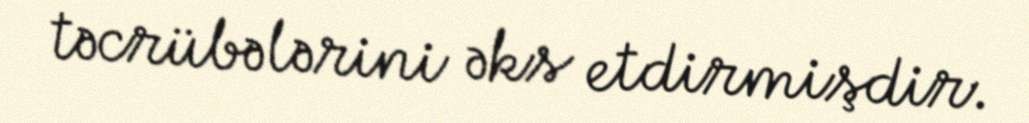
təcrübələrini əks etdirmişdir.